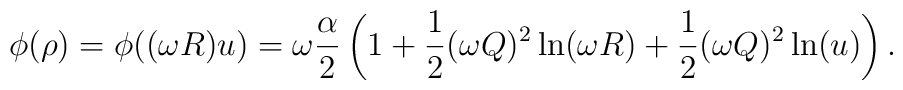
\phi(\rho) = \phi((\omega R) u) = \omega \frac{\alpha}{2}\left ( 1 + \frac{1}{2}(\omega Q)^2 \ln(\omega R) + \frac{1}{2} (\omega Q)^2 \ln(u) \right ).